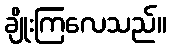
ချိုးကြလေသည်။